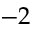
- 2